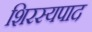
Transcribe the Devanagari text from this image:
शिरस्यपाद